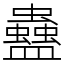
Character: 蠱